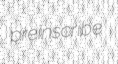
preinscribe